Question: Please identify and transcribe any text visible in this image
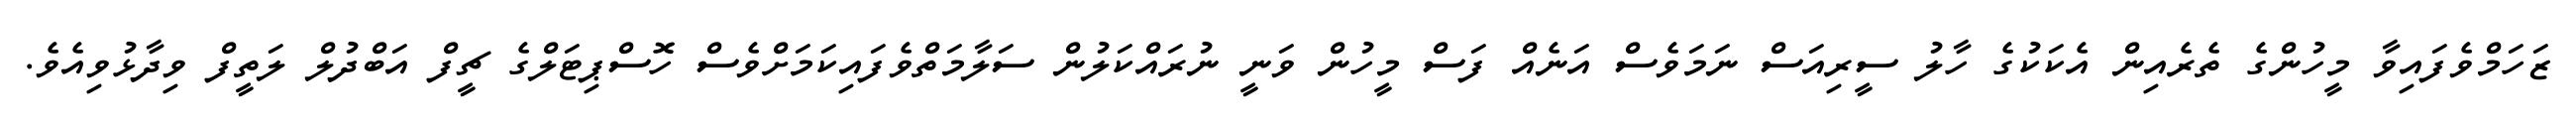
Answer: ޒަހަމްވެފައިވާ މީހުންގެ ތެރެއިން އެކަކުގެ ހާލު ސީރިއަސް ނަމަވެސް އަނެއް ފަސް މީހުން ވަނީ ނުރައްކަލުން ސަލާމަތްވެފައިކަމަށްވެސް ހޮސްޕިޓަލްގެ ޗީފް އަބްދުލް ލަތީފް ވިދާޅުވިއެވެ.